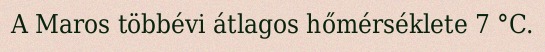
A Maros többévi átlagos hőmérséklete 7 °C.